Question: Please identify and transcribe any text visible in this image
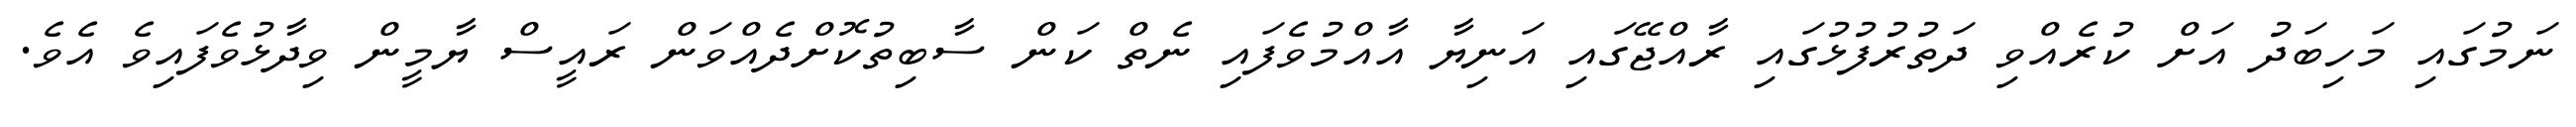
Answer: ނަމުގައި މަހިބަދު އަށް ކުރެއްވި ދަތުރުފުޅުގައި ރާއްޖޭގައި އަނިޔާ އާއްމުވެފައި ނެތް ކަން ސާބިތުކޮށްދެއްވަން ރައީސް ޔާމީން ވިދާޅުވެފައިވެ އެވެ.